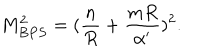
LaTeX: M _ { B P S } ^ { 2 } = ( { \frac { n } { R } } + { \frac { m R } { \alpha ^ { \prime } } } ) ^ { 2 } .